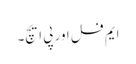
ایم فل اور پی ایچ۔